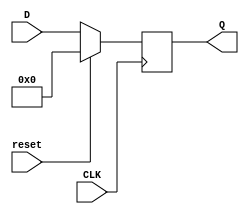
module reg32 (reset, CLK, D, Q);

	input reset;
	input	CLK;
	input	[31:0]	D;
	output	[31:0]	Q;
	reg	[31:0]		Q;
	
	always@(posedge CLK)
	begin
		if (reset)
			Q=0;
		else
			Q=D;
	end		
			
endmodule